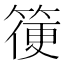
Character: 箯